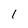
Character: 1